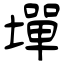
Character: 墠